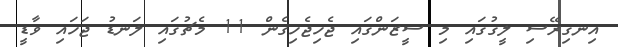
އިނގިރޭސި ލީގުގައި މި ސީޒަންގައި ޖެހިޖެހިގެން 11 މެޗުގައި ލަނޑު ޖަހައި ވާޑީ